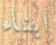
ابناء